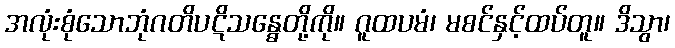
အလုံးစုံသောဘုံဂတိပဋိသန္ဓေတို့ကို။ ဂူထပမံ၊ မစင်နှင့်ထပ်တူ။ ဒိသွာ၊